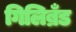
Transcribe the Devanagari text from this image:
गिलिब्रँड